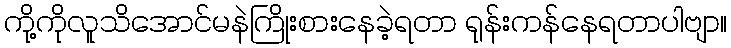
ကို့ကိုလူသိအောင်မနဲကြိုးစားနေခဲ့ရတာ ရုန်းကန်နေရတာပါဗျာ။